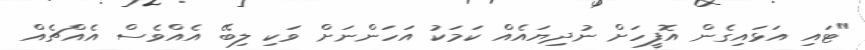
"ޓައި އަޅައިގެން އޮފީހަށް ނުދިޔައެއް ކަމަކު އަހަންނަށް ވަކި ލިބޭ އެއްވެސް އެއްޗެއް